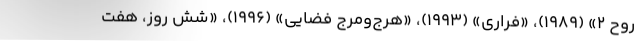
روح ۲» (۱۹۸۹)، «فراری» (۱۹۹۳)، «هرج‌ومرج فضایی» (۱۹۹۶)، «شش روز، هفت